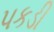
પકડી